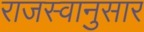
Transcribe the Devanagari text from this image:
राजस्वानुसार